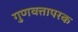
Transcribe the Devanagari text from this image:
गुणवत्तापरक